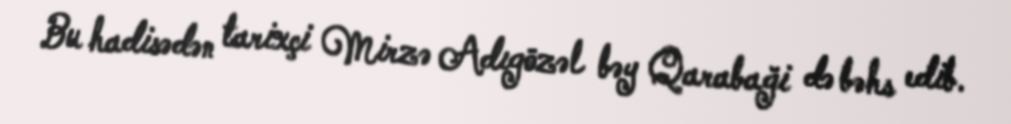
Bu hadisədən tarixçi Mirzə Adıgözəl bəy Qarabaği də bəhs edib.